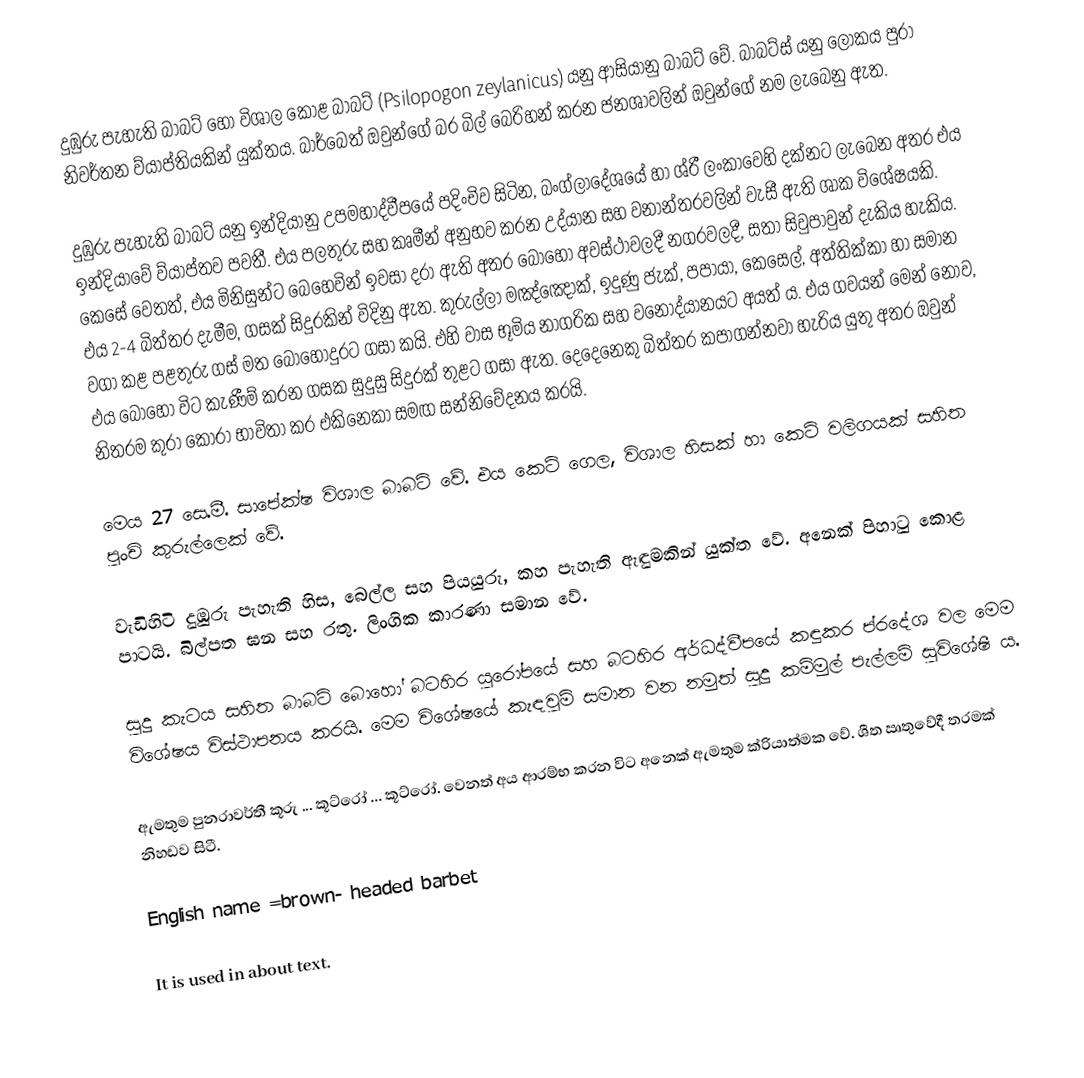
දුඹුරු පැහැති බාබට් හෝ විශාල කොළ බාබට්  (Psilopogon zeylanicus) යනු ආසියානු බාබට් වේ. බාබට්ස් යනු ලෝකය පුරා නිවර්තන ව්යාප්තියකින් යුක්තය. බාර්බෙත් ඔවුන්ගේ බර බිල් බෙරිහන් කරන ජනශාවලින් ඔවුන්ගේ නම ලැබෙනු ඇත.

දුඹුරු පැහැති බාබට් යනු ඉන්දියානු උපමහාද්වීපයේ පදිංචිව සිටින, බංග්ලාදේශයේ හා ශ්රී ලංකාවෙහි දක්නට ලැබෙන අතර එය ඉන්දියාවේ ව්යාප්තව පවතී. එය පලතුරු සහ කෘමීන් අනුභව කරන උද්යාන සහ වනාන්තරවලින් වැසී ඇති ශාක විශේෂයකි. කෙසේ වෙතත්, එය මිනිසුන්ට බෙහෙවින් ඉවසා දරා ඇති අතර බොහෝ අවස්ථාවලදී නගරවලදී, සතා සිවුපාවුන් දැකිය හැකිය. එය 2-4 බිත්තර දැමීම, ගසක් සිදුරකින් විදිනු ඇත. කුරුල්ලා මඤ්ඤොක්, ඉදුණු ජැක්, පපායා, කෙසෙල්, අත්තික්කා හා සමාන වගා කළ පළතුරු ගස් මත බොහෝදුරට ගසා කයි. එහි වාස භූමිය නාගරික සහ වනෝද්යානයට අයත් ය. එය ගවයන් මෙන් නොව, එය බොහෝ විට කැණීම් කරන ගසක සුදුසු සිදුරක් තුළට ගසා ඇත. දෙදෙනෙකු බිත්තර කපාගන්නවා හැරිය යුතු අතර ඔවුන් නිතරම කුරා කෝරා භාවිතා කර එකිනෙකා සමඟ සන්නිවේදනය කරයි.

මෙය 27 සෙ.මී. සාපේක්ෂ විශාල බාබට් වේ. එය කෙටි ගෙල, විශාල හිසක් හා කෙටි වලිගයක් සහිත පුංචි කුරුල්ලෙක් වේ.

වැඩිහිටි දුඹුරු පැහැති හිස, බෙල්ල සහ පියයුරු, කහ පැහැති ඇඳුමකින් යුක්ත වේ. අනෙක් පිහාටු කොළ පාටයි. බිල්පත ඝන සහ රතු. ලිංගික කාරණා සමාන වේ.

සුදු කැටය සහිත බාබට් බොහෝ බටහිර යුරෝපයේ සහ බටහිර අර්ධද්වීපයේ කඳුකර ප්රදේශ වල මෙම විශේෂය විස්ථාපනය කරයි. මෙම විශේෂයේ කැඳවුම් සමාන වන නමුත් සුදු කම්මුල් පැල්ලම් සුවිශේෂී ය.

ඇමතුම පුනරාවර්තී කූරු ... කූට්රෝ ... කූට්රෝ. වෙනත් අය ආරම්භ කරන විට අනෙක් ඇමතුම ක්රියාත්මක වේ. ශීත ඍතුවේදී තරමක් නිහඩව සිටී.

English name =brown- headed barbet

It is used in about text.